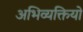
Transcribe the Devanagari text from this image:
अभिव्यक्तियो